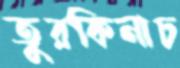
তুরকিনাচ